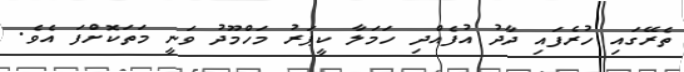
ތެރޭގައި ހުރެފައި ދާދު އުފެއްދި ހަމަލާ ކީޕަރު މަހްމޫދު ވަނީ މަތަކޮށްފަ އެވެ.